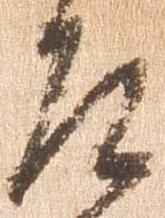
左